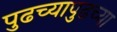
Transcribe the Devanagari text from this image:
पुढच्यापुढच्या